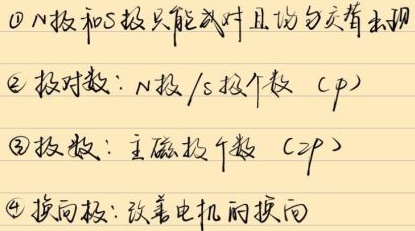
\textcircled{1} N极和S极只能成对且均匀交替出现
\textcircled{2} 极对数：\(N\)极 /S极个数（\(p\)）
\textcircled{3} 极数：主磁极个数（\(2p\)）
\textcircled{4} 换向极：改善电机的换向